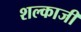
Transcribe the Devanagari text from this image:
शल्काजी